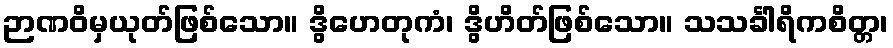
ဉာဏဝိမှယုတ်ဖြစ်သော။ ဒွိဟေတုကံ၊ ဒွိဟိတ်ဖြစ်သော။ သသင်္ခါရိကစိတ္တ၊